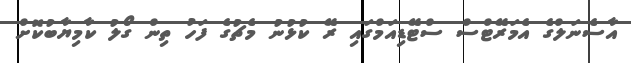
އާސެނަލްގެ އެމަރޭޓްސް ސްޓޭޑިއަމްގައި ރޭ ކުޅުނު މެޗުގެ ފަހު ތިން ގޯލު ކާމިޔާބުކޮށް